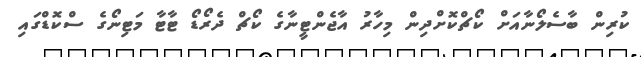
ކުރިން ބާސެލޯނާއަށް ކޯޗްކޮށްދިން މިހާރު އާޖެންޓީނާގެ ކޯޗް ދެރޯޑޯ ޓާޓާ މަޓިނޯގެ ސްކޮޑްގައި